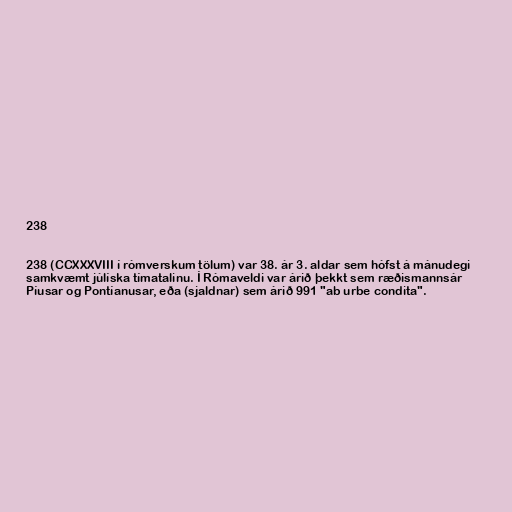
238

238 (CCXXXVIII í rómverskum tölum) var 38. ár 3. aldar sem hófst á mánudegi
samkvæmt júlíska tímatalinu. Í Rómaveldi var árið þekkt sem ræðismannsár
Píusar og Pontíanusar, eða (sjaldnar) sem árið 991 "ab urbe condita".